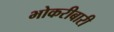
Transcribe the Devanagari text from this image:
भोकरीबारी